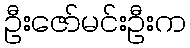
ဦးဇော်မင်းဦးက